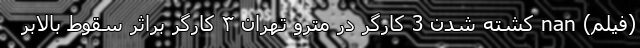
(فیلم) nan کشته شدن 3 کارگر در مترو تهران ۳ کارگر براثر سقوط بالابر